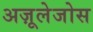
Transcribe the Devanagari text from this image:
अज़ूलेजोस